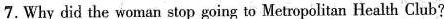
7.Why did the woman stop going to Metropolitan Health Club?